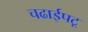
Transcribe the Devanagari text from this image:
चढाईपटू